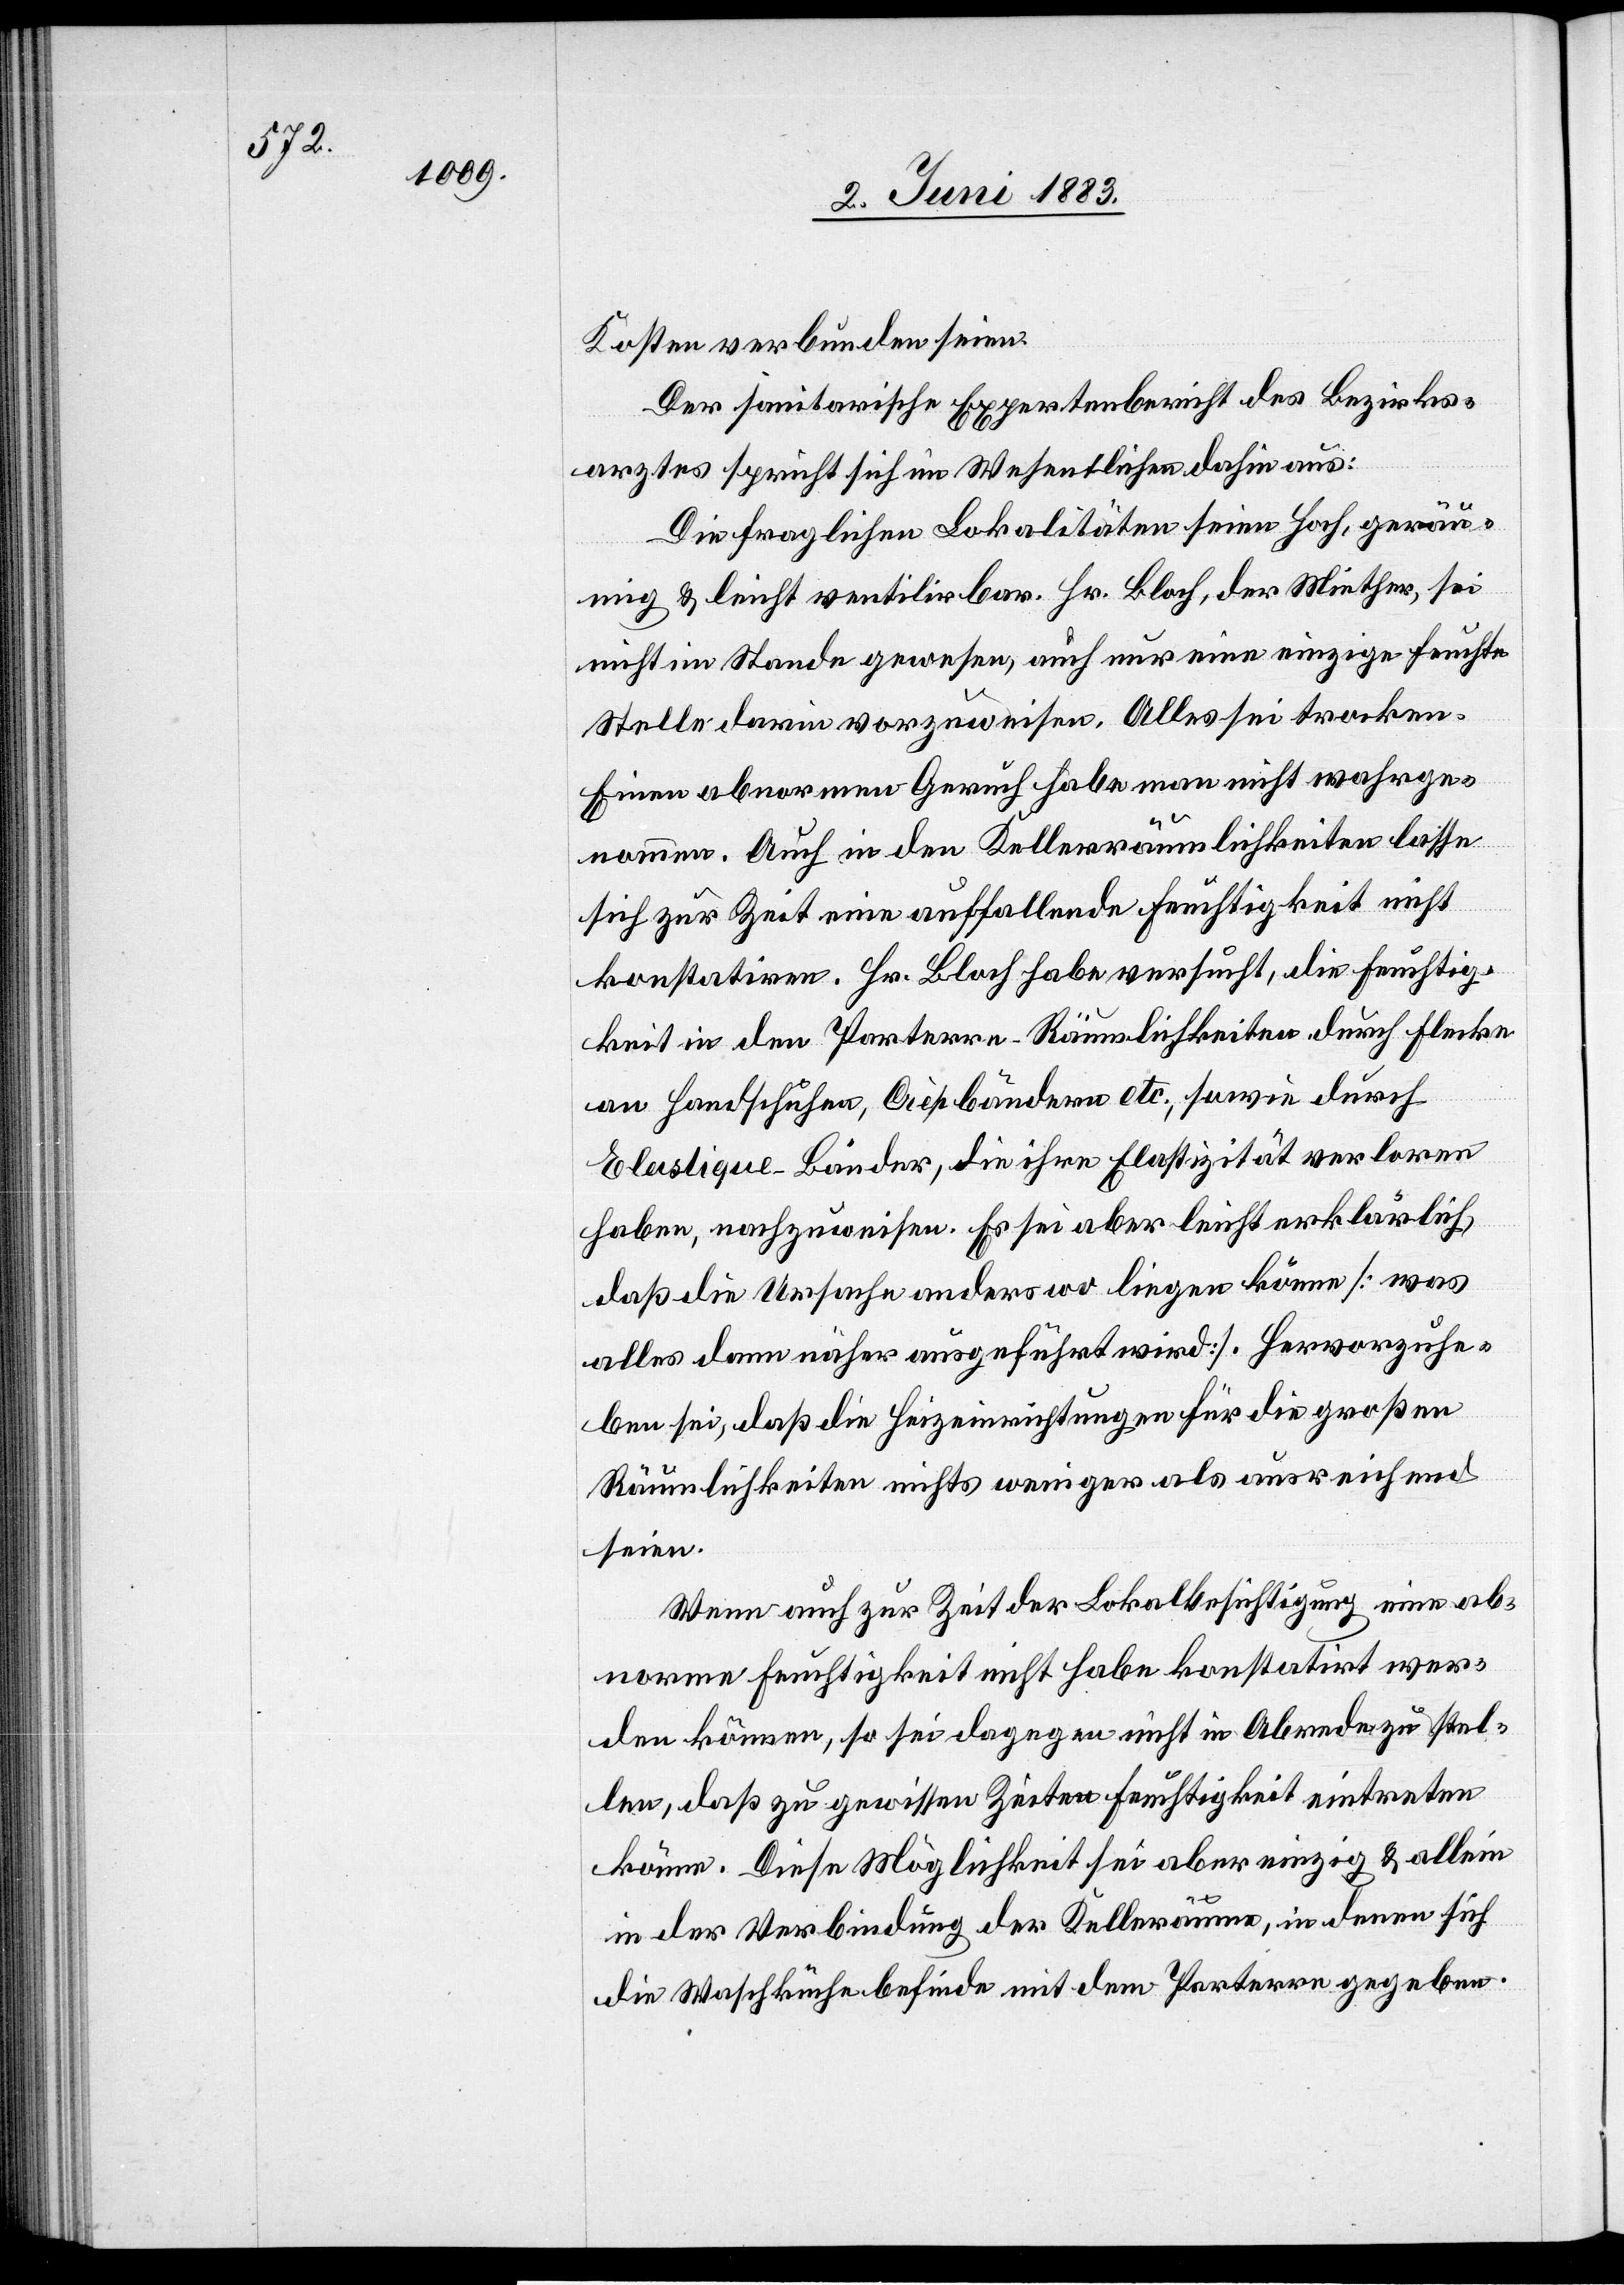
Kosten verbunden seien.
Der sanitarische Expertenbericht des Bezirks¬
arztes spricht sich im Wesentlichen dahin aus:
Die fraglichen Lokalitäten seien hoch, gerä¬
umig & leicht ventilirbar. Hr. Bloch, der Miether, sei
nicht im Stande gewesen, auch nur eine einzige feuchte
Stelle darin vorzuweisen. Alles sei trocken.
Einen abnormen Geruch habe man nicht wahrge¬
nommen. Auch in den Kellerräumlichkeiten lasse
sich zur Zeit eine auffallende Feuchtigkeit nicht
konstatiren. Hr. Bloch habe versucht, die Feuchtig¬
keit in den Parterre-Räumlichkeiten durch Flecke
an Handschuhen, Crèpbändern etc., sowie durch
Elastique-Bänder, die ihre Elastizität verloren
haben, nachzuweisen. Es sei aber leicht erklärlich,
daß die Ursache anderswo liegen könne [was
alles dann näher ausgeführt wird]. Hervorzuhe¬
ben sei, daß die Heizeinrichtungen für die großen
Räumlichkeiten nichts weniger als ausreichend
seien.
Wenn auch zur Zeit der Lokalbesichtigung eine ab¬
norme Feuchtigkeit nicht habe konstatirt wer¬
den können, so sei dagegen nicht in Abrede zu stel¬
len, daß zu gewissen Zeiten Feuchtigkeit eintreten
könne. Diese Möglichkeit sei aber einzig & allein
in der Verbindung der Kellerräume, in denen sich
die Waschküche befinde mit dem Parterre gegeben.